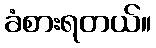
ခံစားရတယ်။